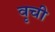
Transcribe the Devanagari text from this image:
वृची